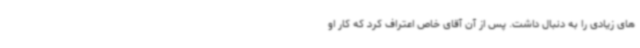
های زیادی را به دنبال داشت. پس از آن آقای خاص اعتراف کرد که کار او